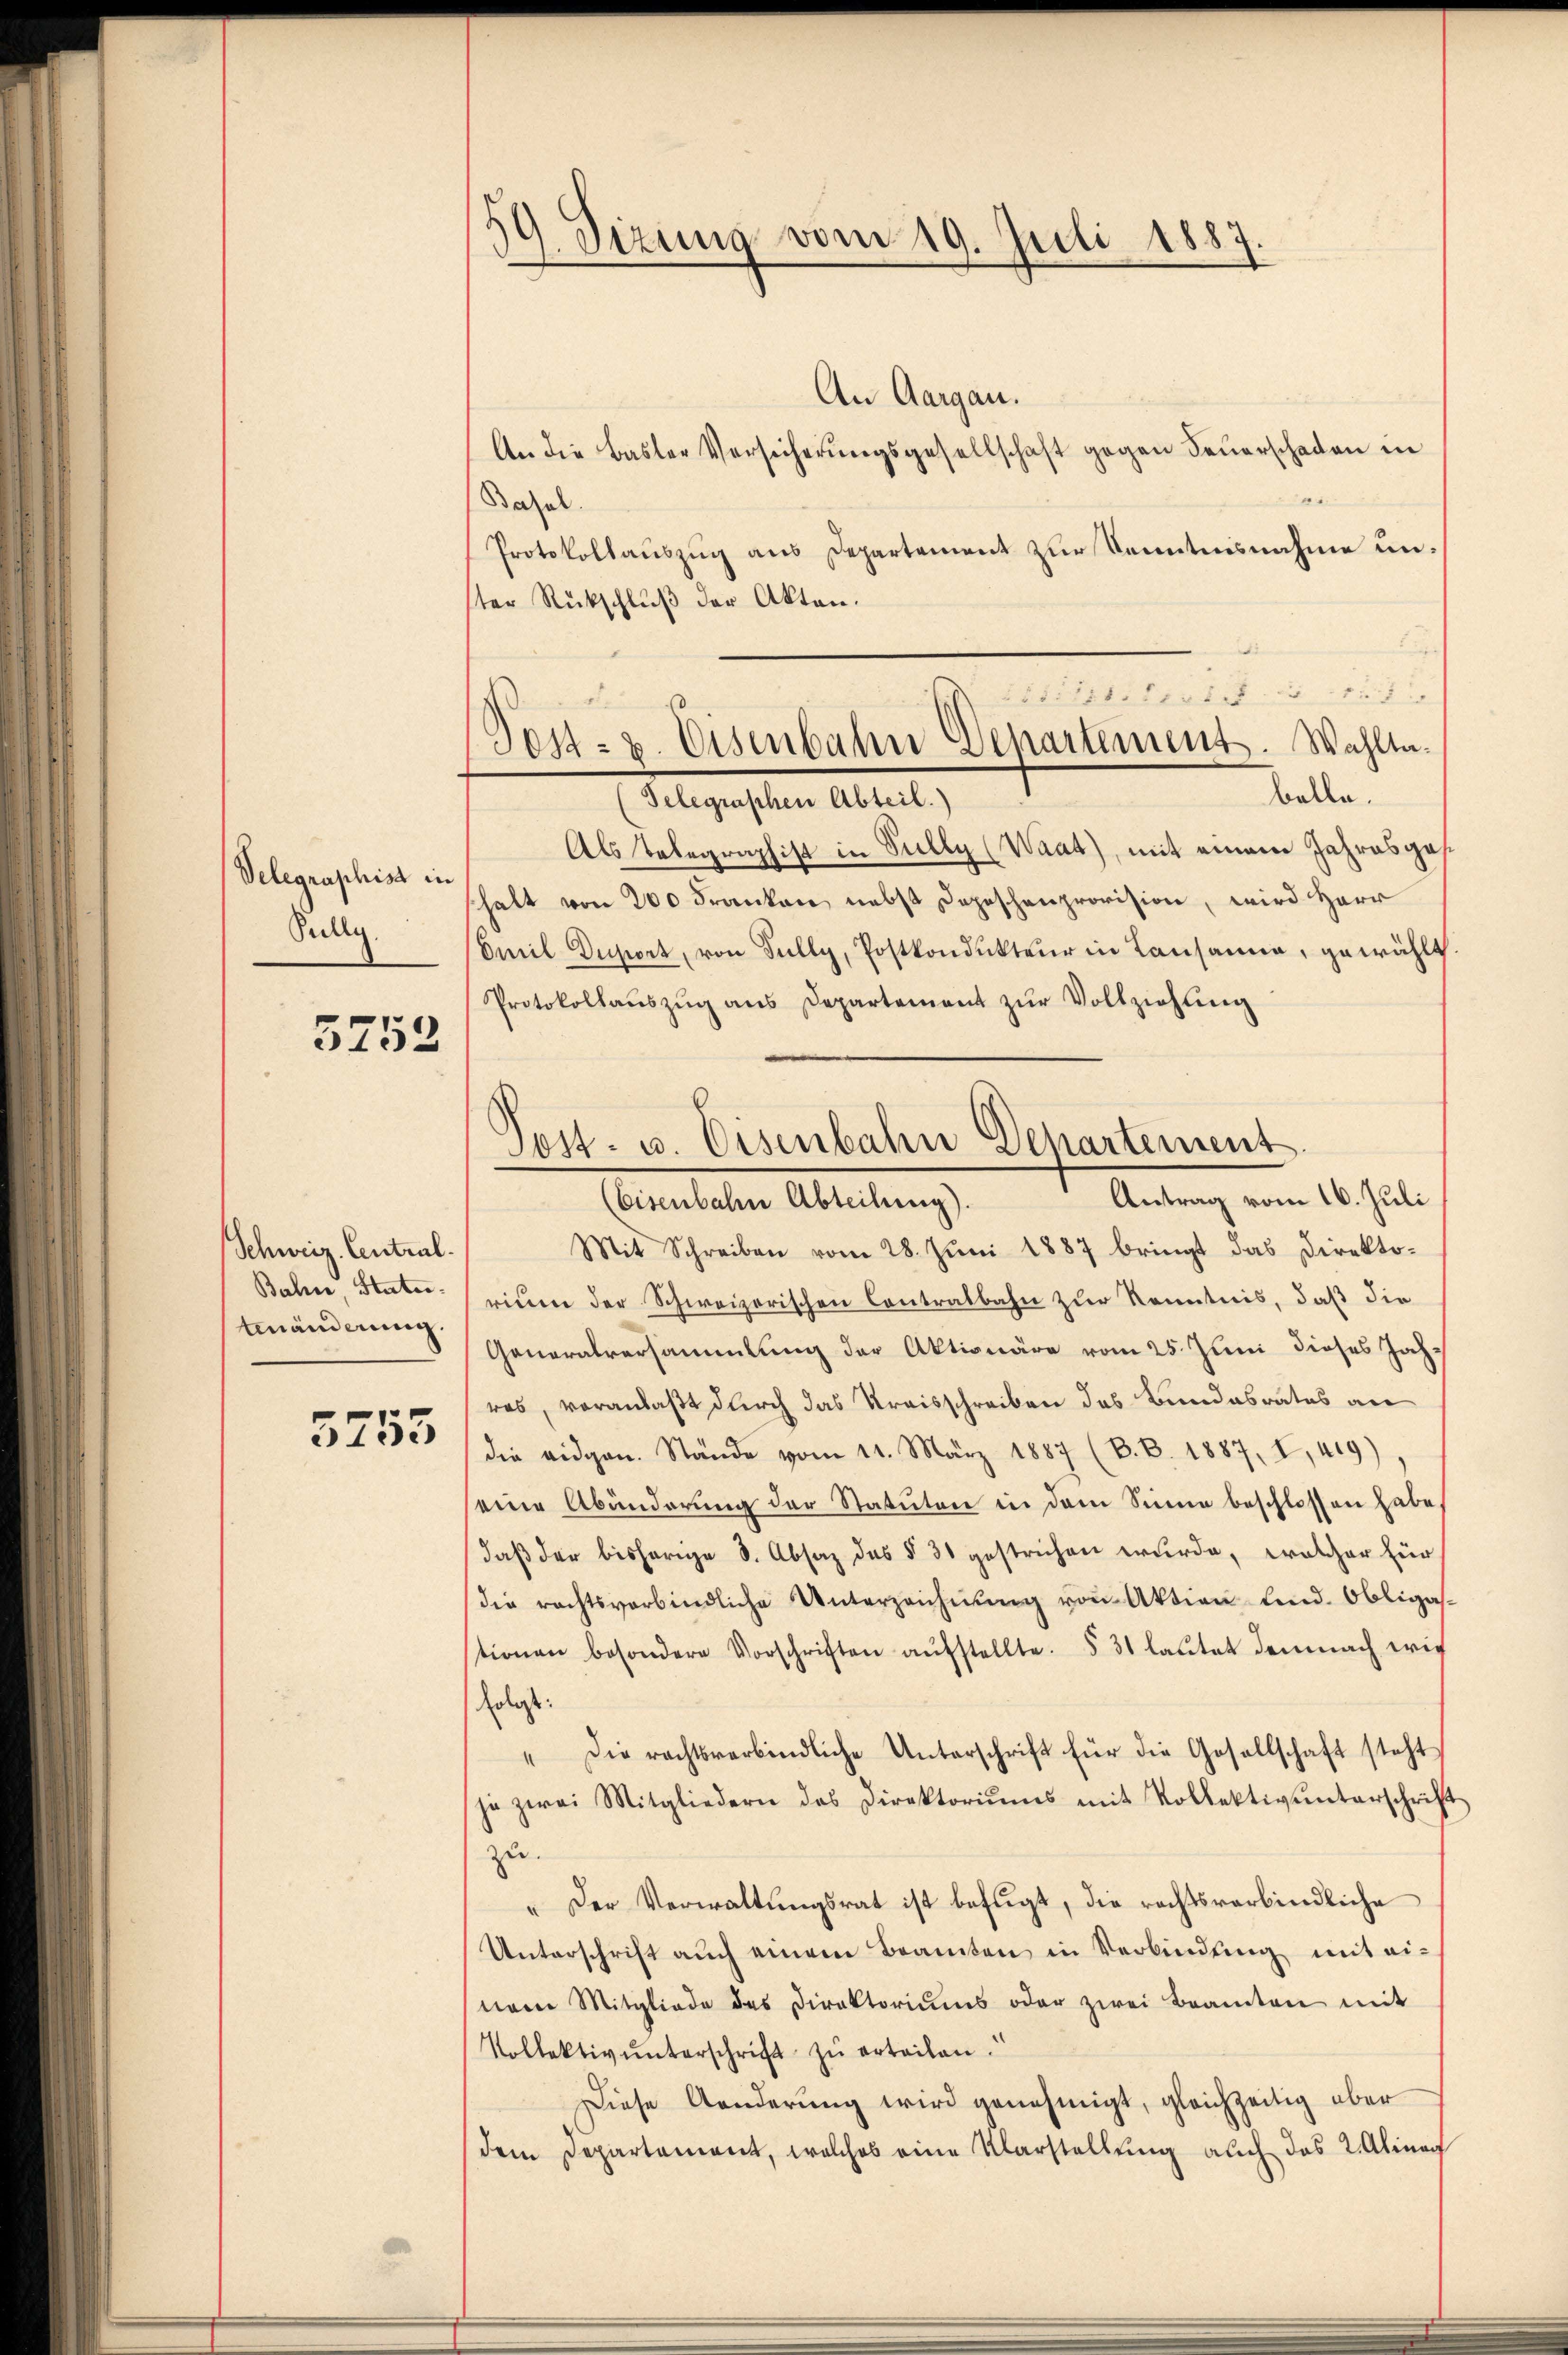
Velegraphist in
Jully.

5752

Schweiz. Central.
Bahn, Statur.
tänderung.

3755

59. Sizung vom 19. Juli 1887.

An Aargau.
An die Basler Versicherungsgesellschaft gegen Feuerschaden in
5
Basel.
Protokollauszug aus Departement zur Kenntnisnahme unster Rückschluß der Akten.
.
Als Telegraphist in Sully (Waat), mit einem Jahresges.
shalt von 200 Franken, nebst Depeschenprovision, wird Herr
Emil Duport, von Fully, Postkondŭkteŭr in Lausanne, gewählt.
Protokollauszug aus Departement zur Vollziehung
Mit Schreiben vom 28. Jŭni 1887 bringt das Direkto-
rium der Schweizerischen Contralbahn zur Kenntnis, daß die
Generalversammlung der Aktionäre vom 25. Juni dieses Jahres, voranlaßt durch das Kreisschreiben das Bundesrates an
die eidgen. Stände vom 11. März 1887 (B. B. 1887, I, 419)
eine Abänderŭng der Statuten in dem Sinne beschlossen habe,
daβ der bisherige S. Absaz des § 31 gestrichen wurde, welcher für
die rechtsverbindliche Unterzeichnŭng von Aktion sind. Obligastionen besondere Vorschriften aŭfstellte. § 31 laŭtet demnach wie
folgt:
Die rechtsverbindliche Unterschrift für die Gesellschaft steht
4
ja zwei Mitgliedern des Direktoriŭms mit Kollektivŭnterschrift
zu.
" Der Verwaltŭngsrat ist befugt, die rechtsverbindliche
Unterschrift aŭch einem Beamten in Verbindung mit ei-
nem Mitgliede des Direktoriums oder zwei Beamten mit
Kollektiv ŭnterschrift zŭ erteilen.
Diese Aenderung wird genehmigt, gleichzeitig aber
dem Departement, welches eine Klarstellung auch das 2. Alinag

itzteres 17
Post- u. Eisenbahn Departement. Wahlte.
belle.
Telegraschen Abteil.)

Sost- u. Eisenbahn Departement
Antrag vom 16. Juli
(Eisenbahne Abteilung).